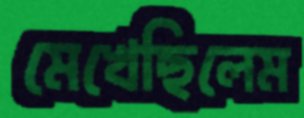
মেখেছিলেম